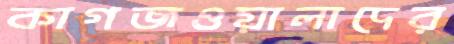
কাগজওয়ালাদের